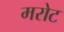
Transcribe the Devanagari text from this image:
मरोट